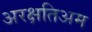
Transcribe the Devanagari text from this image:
अरक्षतिअम